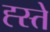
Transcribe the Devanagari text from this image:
ह्स्ते